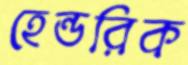
হেন্ডরিক